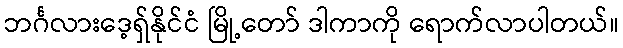
ဘင်္ဂလားဒေ့ရှ်နိုင်ငံ မြို့တော် ဒါကာကို ရောက်လာပါတယ်။